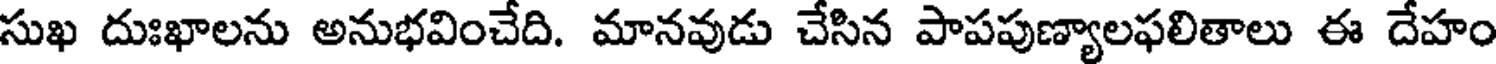
సుఖ దుఃఖాలను అనుభవించేది. మానవుడు చేసిన పాపపుణ్యాలఫలితాలు ఈ దేహం